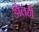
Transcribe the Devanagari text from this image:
डौलही